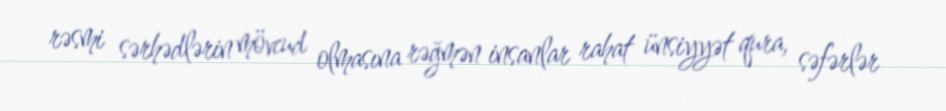
rəsmi sərhədlərin mövcud olmasına rəğmən insanlar rahat ünsiyyət qura, səfərlər